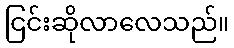
ငြင်းဆိုလာလေသည်။